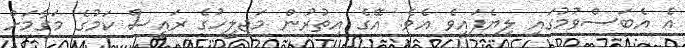
އެ އެބަސްވުމުގައި ލިޔެފައިވެ އެވެ. އޭގެ އިތުރުން މަޖިލީހުގެ ރައީސް ކަމުގެ މަގާމަށް